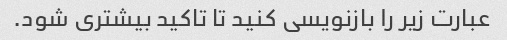
عبارت زیر را بازنویسی کنید تا تاکید بیشتری شود.